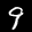
Label: 9